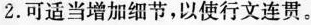
2.可适当增加细节，以使行文连贯。